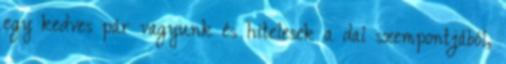
egy kedves pár vagyunk és hitelesek a dal szempontjából,